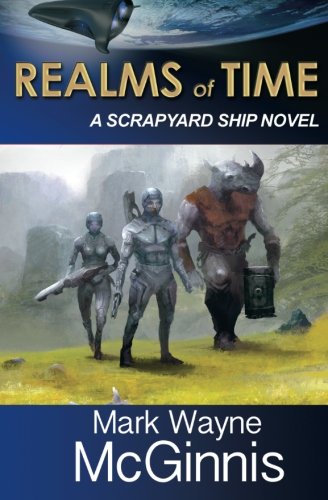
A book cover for Realms of Time; Mark Wayne McGinnis; Science Fiction & Fantasy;